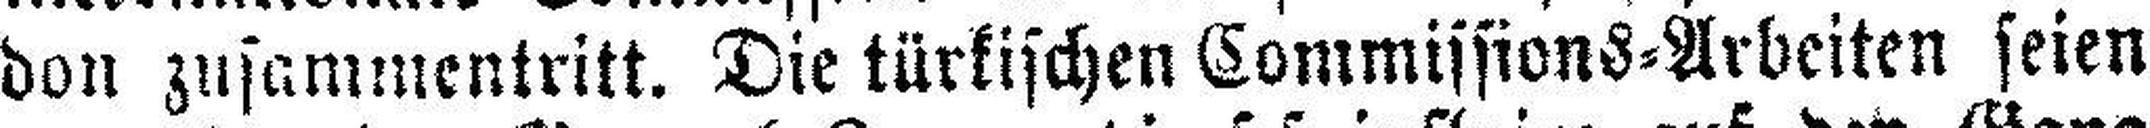
don zusammentritt. Die türkischen Commissions=Arbeiten seien